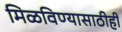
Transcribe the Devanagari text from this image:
मिळविण्यासाठीही